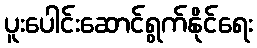
ပူးပေါင်းဆောင်ရွက်နိုင်ရေး